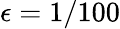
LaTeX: \epsilon=1/100